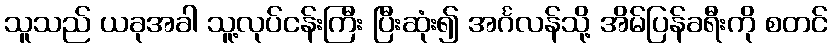
သူသည် ယခုအခါ သူ့လုပ်ငန်းကြီး ပြီးဆုံး၍ အင်္ဂလန်သို့ အိမ်ပြန်ခရီးကို စတင်